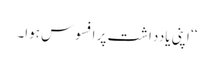
‘‘ اپنی یادداشت پر افسوس ہوا۔